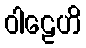
ဝါဠေဟိ